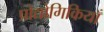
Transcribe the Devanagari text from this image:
प्रोद्योगिकियाँ